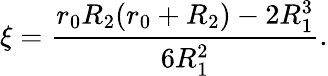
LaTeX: \xi=\frac{r_{0}R_{2}(r_{0}+R_{2})-2R_{1}^{3}}{6R_{1}^{2}}.